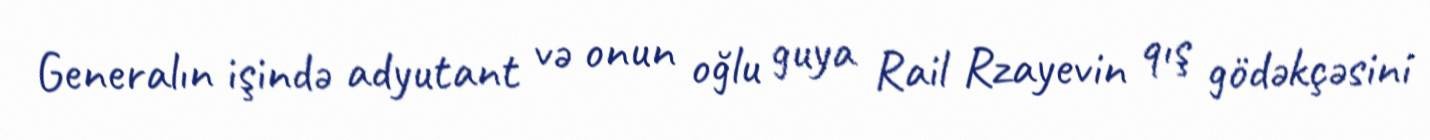
Generalın işində adyutant və onun oğlu guya Rail Rzayevin qış gödəkçəsini